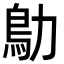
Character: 鳨